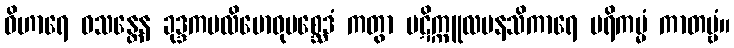
ဝိဟာရေ ဝသန္တေန ခုဒ္ဒကပလိဗောဓုပစ္ဆေဒံ ကတွာ ပဋိက္ကူလမနသိကာရေ ပရိကမ္မံ ကာတဗ္ဗံ။